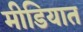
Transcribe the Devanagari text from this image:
मीडियात